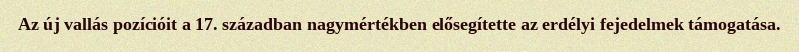
Az új vallás pozícióit a 17. században nagymértékben elősegítette az erdélyi fejedelmek támogatása.